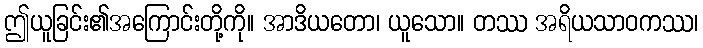
ဤယူခြင်း၏အကြောင်းတို့ကို။ အာဒိယတော၊ ယူသော။ တဿ အရိယသာဝကဿ၊